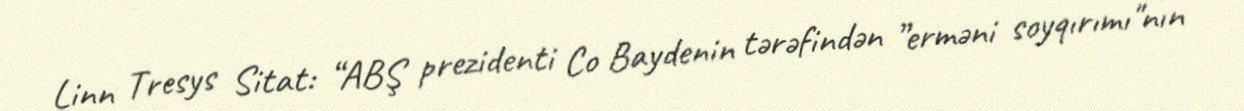
Linn Tresys Sitat: “ABŞ prezidenti Co Baydenin tərəfindən ”erməni soyqırımı"nın